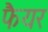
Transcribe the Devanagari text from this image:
फैयर